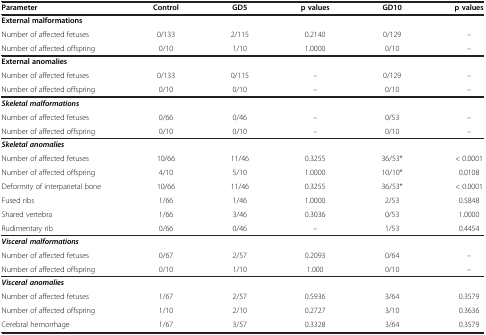
| Parameter | Control | GD5 | p values | GD10 | p values |
 | --- | --- | --- | --- | --- | --- |
 | <COLSPAN=6> External malformations |
 | Number of affected fetuses | 0/133 | 2/115 | 0.2140 | 0/129 | – |
 | Number of affected offspring | 0/10 | 1/10 | 1.0000 | 0/10 | – |
 | <COLSPAN=6> External anomalies |
 | Number of affected fetuses | 0/133 | 0/115 | – | 0/129 | – |
 | Number of affected offspring | 0/10 | 0/10 | – | 0/10 | – |
 | <COLSPAN=6> Skeletal malformations |
 | Number of affected fetuses | 0/66 | 0/46 | – | 0/53 | – |
 | Number of affected offspring | 0/10 | 0/10 | – | 0/10 | – |
 | <COLSPAN=6> Skeletal anomalies |
 | Number of affected fetuses | 10/66 | 11/46 | 0.3255 | 36/53* | < 0.0001 |
 | Number of affected offspring | 4/10 | 5/10 | 1.0000 | 10/10* | 0.0108 |
 | Deformity of interparietal bone | 10/66 | 11/46 | 0.3255 | 36/53* | < 0.0001 |
 | Fused ribs | 1/66 | 1/46 | 1.0000 | 2/53 | 0.5848 |
 | Shared vertebra | 1/66 | 3/46 | 0.3036 | 0/53 | 1.0000 |
 | Rudimentary rib | 0/66 | 0/46 | – | 1/53 | 0.4454 |
 | <COLSPAN=6> Visceral malformations |
 | Number of affected fetuses | 0/67 | 2/57 | 0.2093 | 0/64 | – |
 | Number of affected offspring | 0/10 | 1/10 | 1.000 | 0/10 | – |
 | <COLSPAN=6> Visceral anomalies |
 | Number of affected fetuses | 1/67 | 2/57 | 0.5936 | 3/64 | 0.3579 |
 | Number of affected offspring | 1/10 | 2/10 | 0.2727 | 3/10 | 0.3636 |
 | Cerebral hemorrhage | 1/67 | 3/57 | 0.3328 | 3/64 | 0.3579 |